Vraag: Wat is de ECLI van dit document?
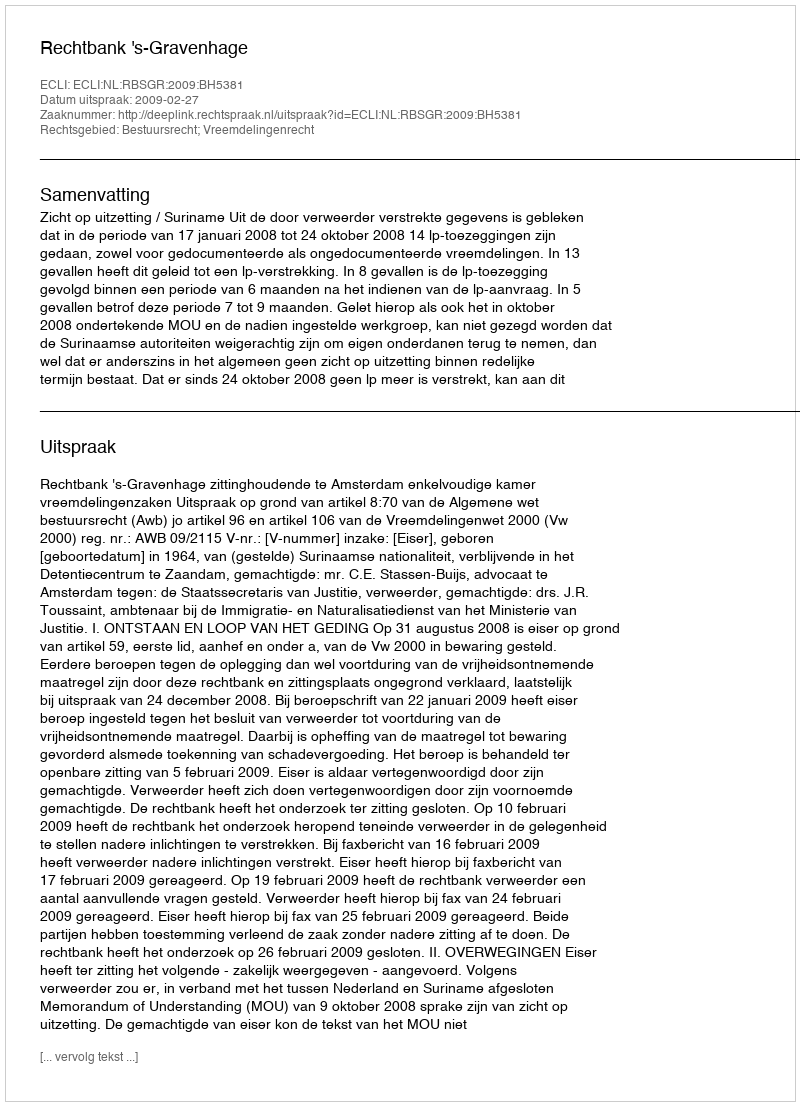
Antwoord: ECLI:NL:RBSGR:2009:BH5381